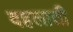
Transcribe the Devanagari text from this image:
दहलाती